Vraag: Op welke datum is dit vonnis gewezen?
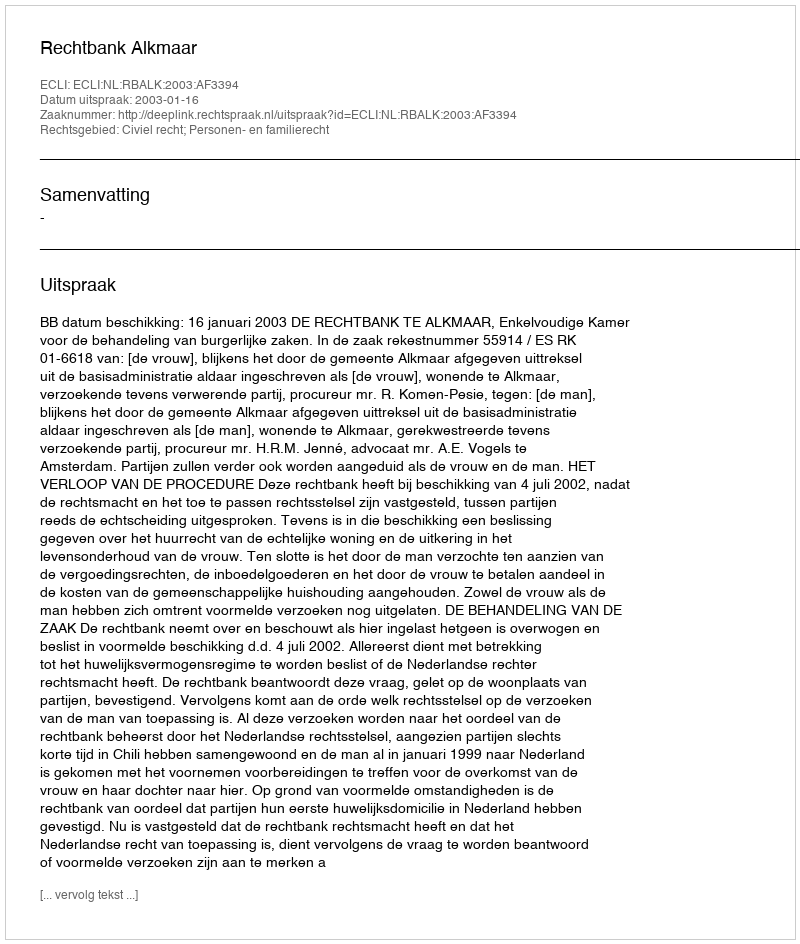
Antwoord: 2003-01-16